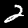
Digit: 2